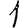
Digit: 1